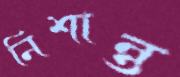
নিশান্ত